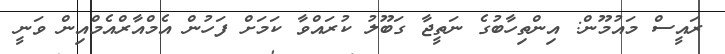
ރައީސް މައުމޫން: އިންތިހާބުގެ ނަތީޖާ ގަބޫލު ކުރައްވާ ކަމަށް ފަހުން އެމްއާރްއެމްއިން ވަނީ